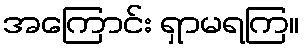
အကြောင်း ရှာမရကြ။